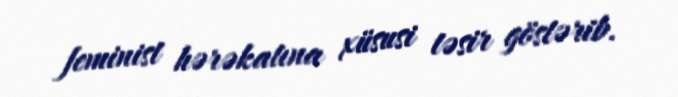
feminist hərəkatına xüsusi təsir göstərib.